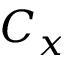
C _ { x }